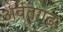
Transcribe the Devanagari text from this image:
अर्वतगढ़